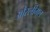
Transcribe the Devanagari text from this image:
औरलीगल